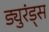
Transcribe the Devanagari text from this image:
ड्युरंड्स